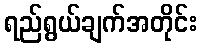
ရည်ရွယ်ချက်အတိုင်း